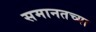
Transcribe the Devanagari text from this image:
समानतच्या